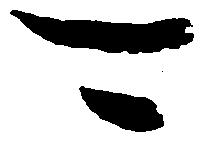
可